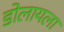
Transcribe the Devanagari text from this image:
डोलायला